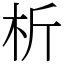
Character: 析